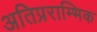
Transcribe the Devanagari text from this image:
अतिप्रराम्भिक